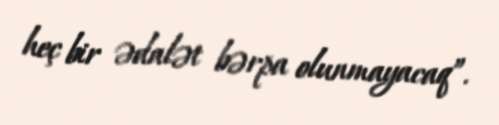
heç bir ədalət bərpa olunmayacaq”.